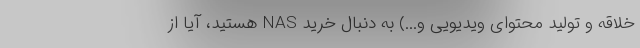
خلاقه و تولید محتوای ویدیویی و...) به دنبال خرید NAS هستید، آیا از